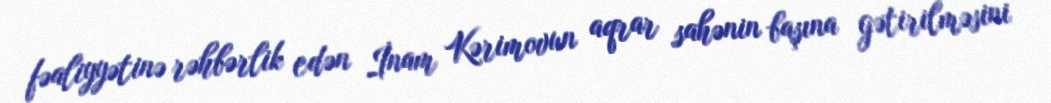
fəaliyyətinə rəhbərlik edən İnam Kərimovun aqrar sahənin başına gətirilməsini